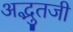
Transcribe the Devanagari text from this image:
अद्भुतजी